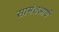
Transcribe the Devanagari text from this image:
सामंतआर्य